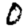
Digit: 0